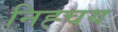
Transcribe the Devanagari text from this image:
निह्चय